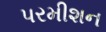
પરમીશન